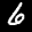
Label: 6